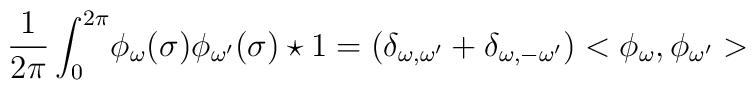
\frac{1}{2 \pi} \int _0^{2\pi} \! \phi_{\omega} (\sigma)  \phi_{\omega^\prime} (\sigma)  \star 1 =(\delta_{\omega ,\omega^\prime} + \delta_{\omega , -\omega^\prime})<\phi_\omega,\phi_{\omega^\prime}>